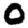
Digit: 0